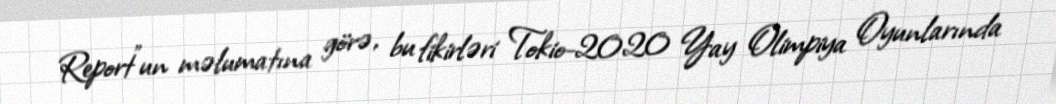
Report"un məlumatına görə, bu fikirləri Tokio-2020 Yay Olimpiya Oyunlarında